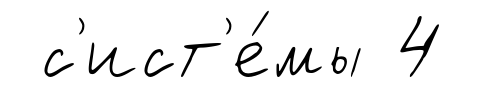
с'ист'е́мы 4